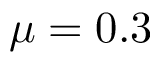
\mu = 0 . 3